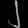
Digit: ၂